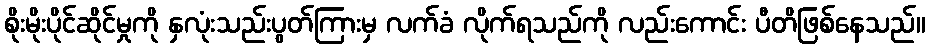
စိုးမိုးပိုင်ဆိုင်မှုကို နှလုံးသည်းပွတ်ကြားမှ လက်ခံ လိုက်ရသည်ကို လည်းကောင်း ပီတိဖြစ်နေသည်။